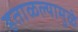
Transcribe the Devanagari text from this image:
हताळल्यामुळे